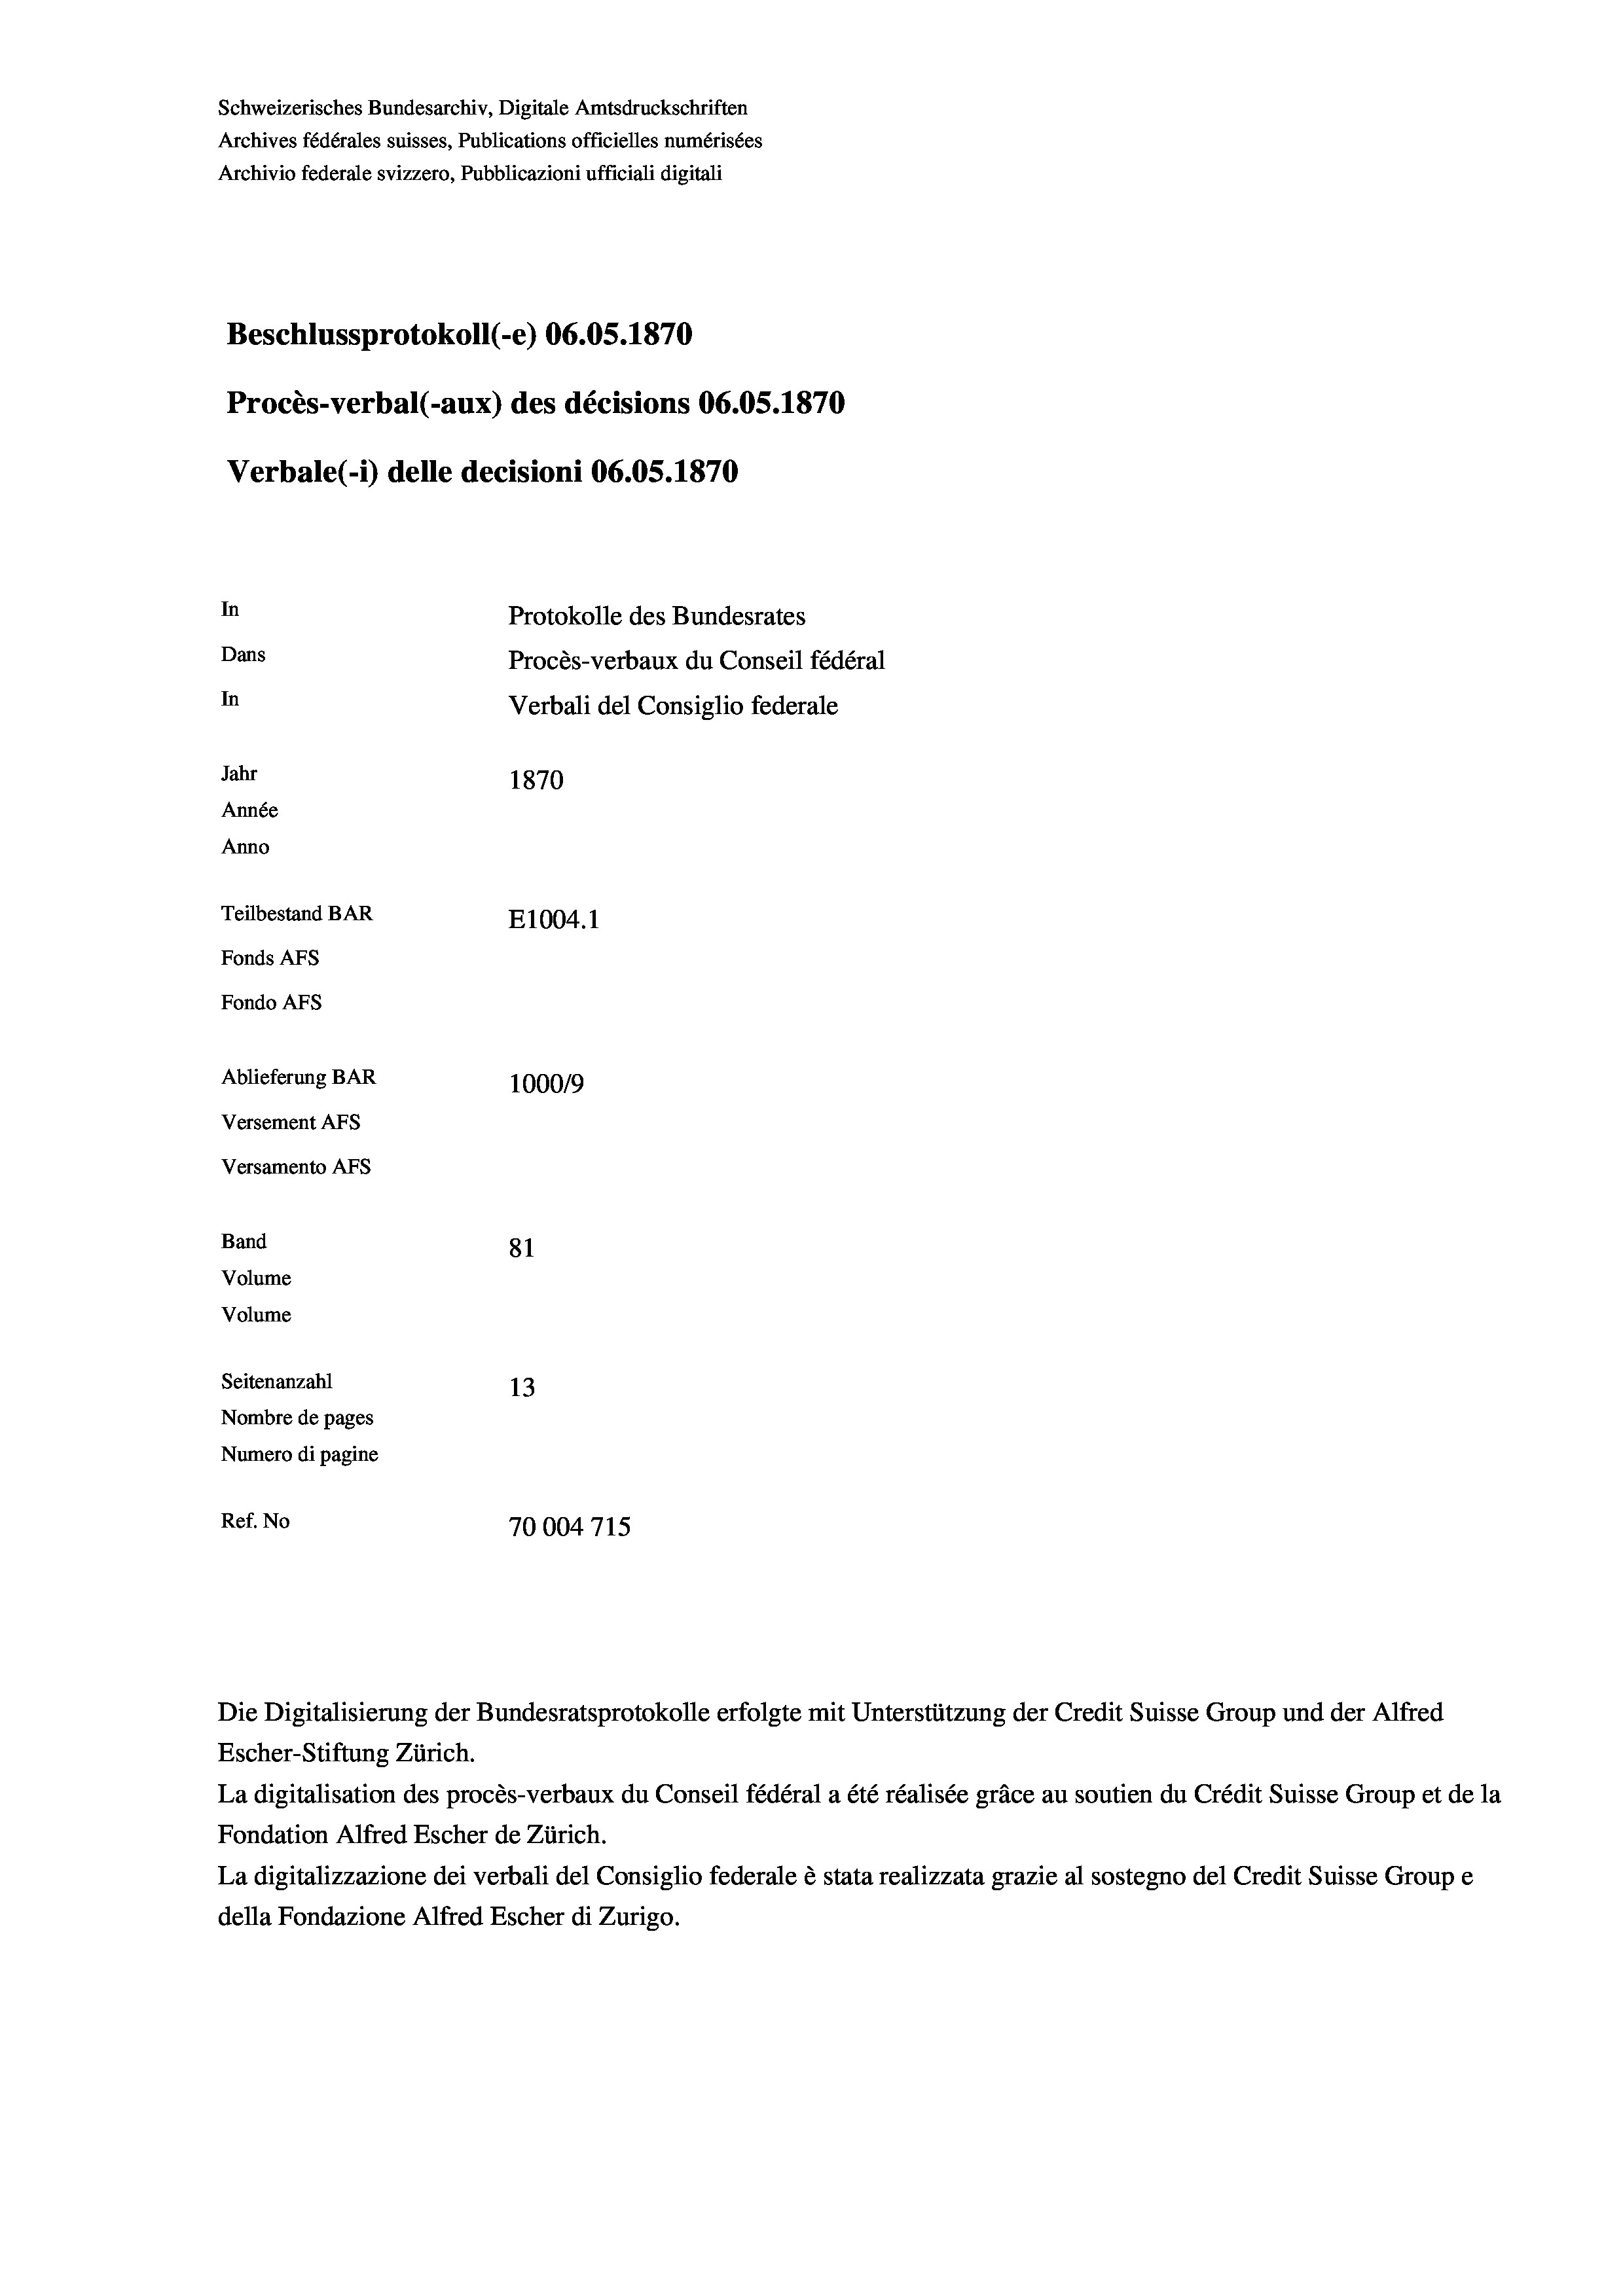
Schweizerisches Bundesarchiv, Digitale Amtsdruckschriften
Archives fédérales suisses, Publications officielles numérisées
Archivio federale svizzero, Pubblicazioni ufficiali digitali
Beschlussprotokoll (e) 06.05. 1870
Procès-verbal (-aux) des décisions 06.05. 1870
Verbale (1) delle decisioni 06.05. 1870
In
Protokolle des Bundesrates
Dans
Procès-verbaux du Conseil fédéral
In
Verbali del Consiglio federale
Jahr
1870
Année
Anno
Teilbestand BAR
E1004.1
Fonds AEs
Fondo AFs
Ablieferung BAR
100019
Versement AFS
Versamento AFs

81
Volume
Volume
Seitenanzahl
13
Nombre de pages
Numero di pagine
Ref. No
70004 715

Band

Escher-Stiftung Zürich.
La digitalisation des procès-verbaux du Conseil fédéral a été réalisée gräce au soutien du Crédit Suisse Group et de la
Fondation Alfred Escher de Zürich.
La digitalizzazione dei verbali del Consiglio federale è stata realizzata grazie al sostegno del Credit Suisse Groupe
della Fondazione Alfred Escher di Zurigo.

Die Digitalisierung der Bundesratsprotokolle erfolgte mit Unterstützung der Credit Suisse Group und der Alfred